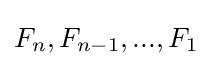
F_{n},F_{n-1},...,F_{1}